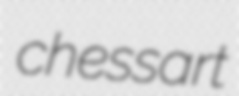
chessart